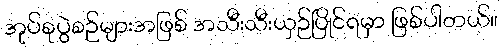
အုပ်စုပွဲစဉ်များအဖြစ် အသီးသီးယှဉ်ပြိုင်ရမှာ ဖြစ်ပါတယ်။